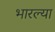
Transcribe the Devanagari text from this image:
भारल्या